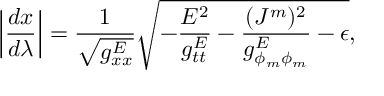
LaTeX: \left| { \frac { d x } { d \lambda } } \right| = { \frac { 1 } { \sqrt { g _ { x x } ^ { E } } } } \sqrt { - { \frac { E ^ { 2 } } { g _ { t t } ^ { E } } } - { \frac { ( J ^ { m } ) ^ { 2 } } { g _ { \phi _ { m } \phi _ { m } } ^ { E } } } - \epsilon } ,